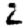
Digit: 2